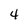
Character: 4